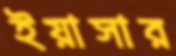
ইয়াসার